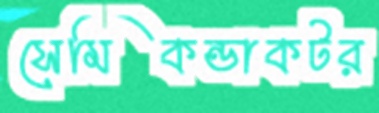
সেমিকন্ডাকটর